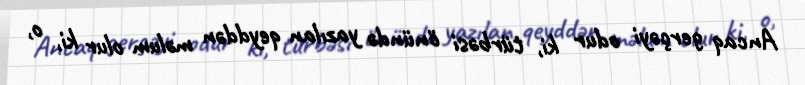
Ancaq gerçəyi odur ki, türbəsi önündə yazılan qeyddən məlum olur ki, o,